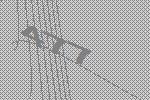
477